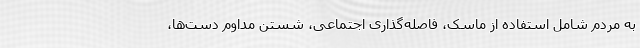
به مردم شامل استفاده از ماسک، فاصله‌گذاری اجتماعی، شستن مداوم دست‌ها،